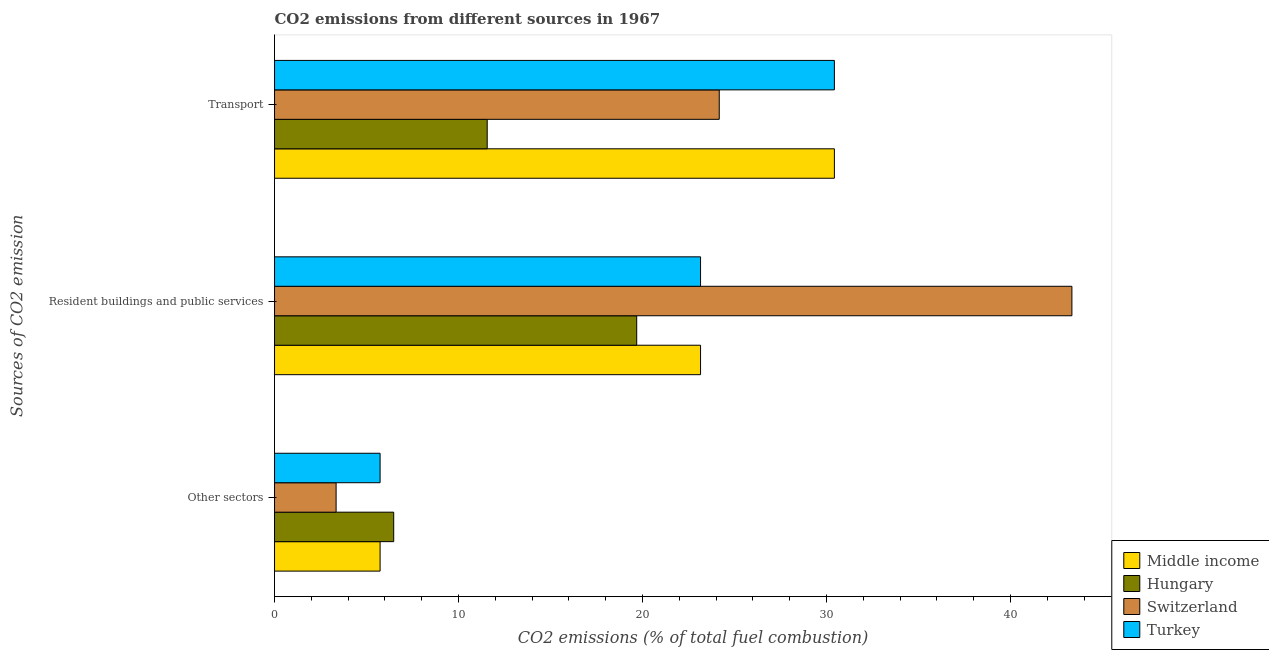
| Sources of CO2 emission | Middle income | Hungary | Switzerland | Turkey |
 | --- | --- | --- | --- | --- |
 | Other sectors | 5.74 | 6.48 | 3.35 | 5.74 |
 | Resident buildings and public services | 23.2 | 19.7 | 43.3 | 23.2 |
 | Transport | 30.4 | 11.6 | 24.2 | 30.4 |